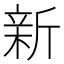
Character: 新